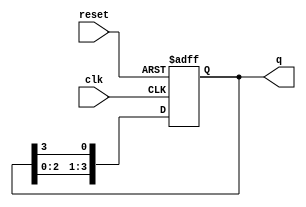
module bistable_ring_counter #(
    parameter N = 4 // Number of flip-flops
) (
    input wire clk,       // Clock input
    input wire reset,     // Asynchronous reset input
    output reg [N-1:0] q // Output state of the counter
);

// Initial state of the counter
initial begin
    q = 1'b1 << (N - 1); // Set the initial state (e.g., 1000 for N=4)
end

// Always block triggered by clock and reset
always @(posedge clk or posedge reset) begin
    if (reset) begin
        q <= 1'b1 << (N - 1); // Reset to initial state
    end else begin
        // Shift the '1' bit to the right
        q <= {q[N-2:0], q[N-1]}; // Circular shift right
    end
end

endmodule